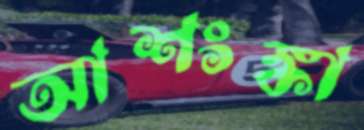
আশংঙ্কা